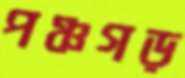
পঞ্চগড়